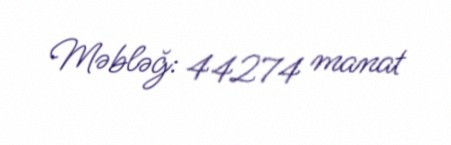
Məbləğ: 44274 manat